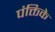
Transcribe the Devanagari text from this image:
पंक्तिके